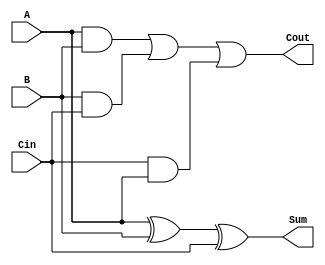
module FullAdder(
    input wire A,
    input wire B,
    input wire Cin,
    output wire Sum,
    output wire Cout
);
    assign Sum = A ^ B ^ Cin; // Sum = A XOR B XOR Cin
    assign Cout = (A & B) | (B & Cin) | (Cin & A); // Carry = (A AND B) OR (B AND Cin) OR (Cin AND A)
endmodule